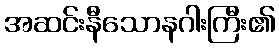
အဆင်းနီသောနဂါးကြီး၏